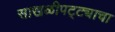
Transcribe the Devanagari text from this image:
साखळीपट्ट्याचा